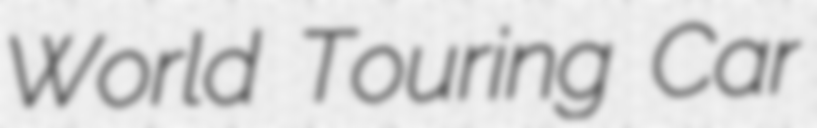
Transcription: World Touring Car